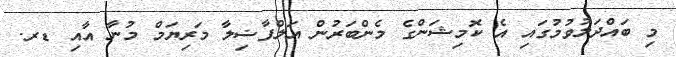
މި ބައްދަލުވުމުގައި އެ ކޮމިޝަންގެ މެންބަރުން އަލްފާޟިލާ މަރިޔަމް މުނާ އާއި ޑރ.